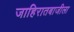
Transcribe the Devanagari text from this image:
जाहिरातबाजीला